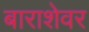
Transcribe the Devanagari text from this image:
बाराशेवर